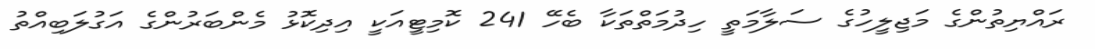
ރައްޔިތުންގެ މަޖިލީހުގެ ސަލާމަތީ ހިދުމަތްތަކާ ބެހޭ 241 ކޮމިޓީއަކީ އިދިކޮޅު މެންބަރުންގެ އަގުލަބިއްތު